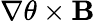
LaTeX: \mathbf{\nabla}\theta\times\mathbf{B}